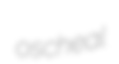
oscheal